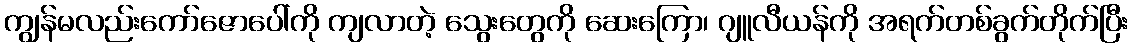
ကျွန်မလည်းကော်ဇောပေါ်ကို ကျလာတဲ့ သွေးတွေကို ဆေးကြော၊ ဂျူလီယန်ကို အရက်တစ်ခွက်တိုက်ပြီး